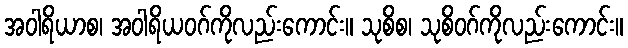
အဝါရိယာစ၊ အဝါရိယဝဂ်ကိုလည်းကောင်း။ သုစိစ၊ သုစိဝဂ်ကိုလည်းကောင်း။